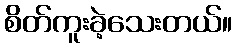
စိတ်ကူးခဲ့သေးတယ်။